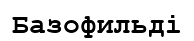
Базофильді